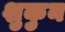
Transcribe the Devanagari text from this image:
शुकुन